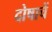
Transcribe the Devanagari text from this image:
दोषाचें